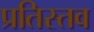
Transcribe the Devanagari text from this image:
प्रतिस्तव